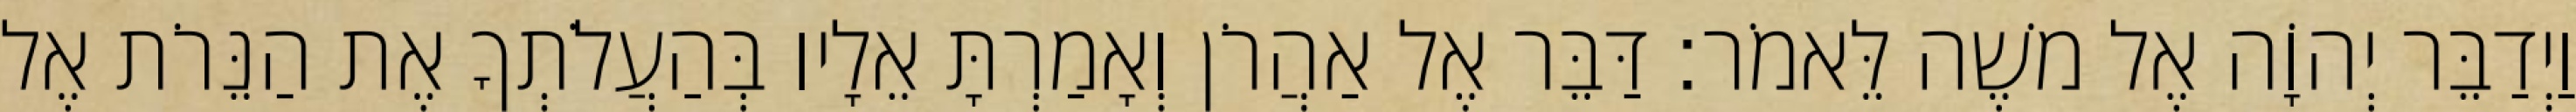
וַיְדַבֵּר יְהוָֹה אֶל משֶׁה לֵּאמֹר׃ דַּבֵּר אֶל אַהֲרֹן וְאָמַרְתָּ אֵלָיו בְּהַעֲלֹתְךָ אֶת הַנֵּרֹת אֶל